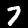
Label: 7